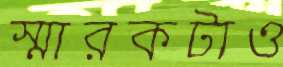
স্মারকটাও